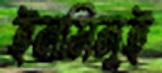
ইনমিনুই